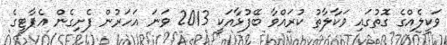
ވަކީލެއްގެ ގޮތުގައި ވަކާލާތު ކުރައްވާ ބޭފުޅާއަކީ 2013 ވަަނަ އަހަރުން ފެށިގެން އެޕާޓީގެ